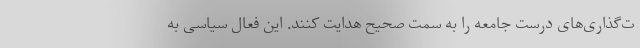
ت‌گذاری‌های درست جامعه را به سمت صحیح هدایت کنند. این فعال سیاسی به